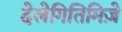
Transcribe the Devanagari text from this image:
देलेगितिमिज़े